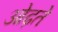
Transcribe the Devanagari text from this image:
ओढ़ते